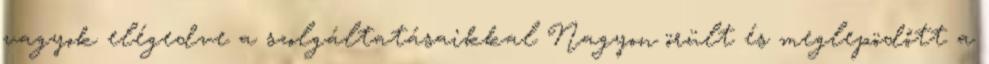
vagyok elégedve a szolgáltatásaikkal Nagyon örült és meglepödőtt a